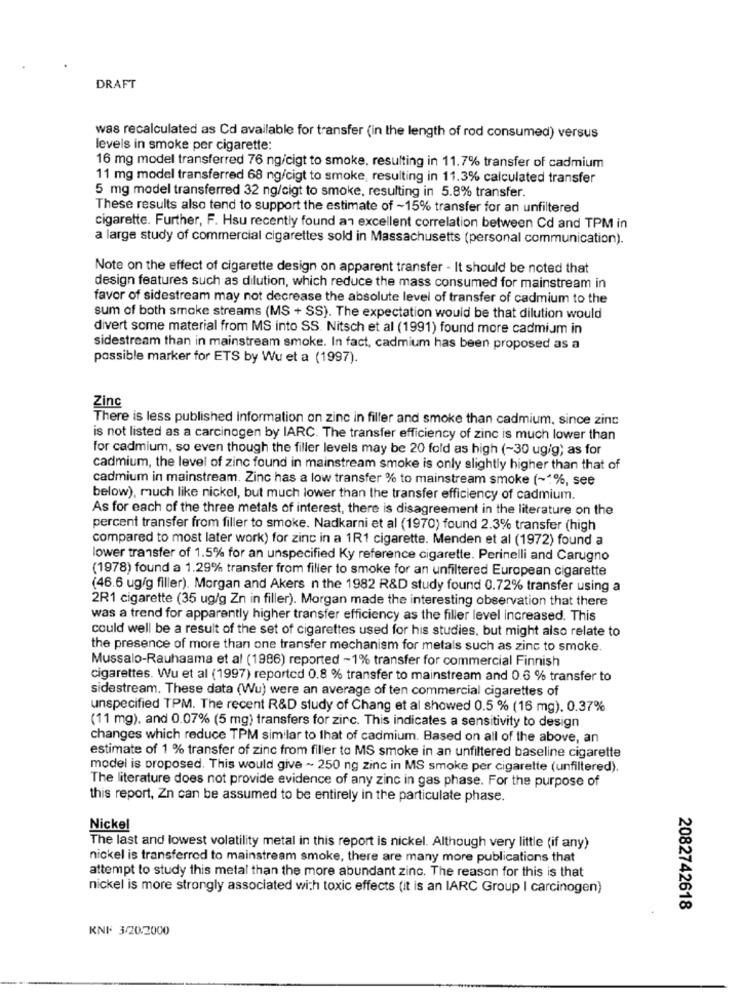
DRAFT
was recalculated as Cd available for transfer (in the length of rod consumed) versus
levels in smoke per cigarette:
16 mg model transferred 76 ng/cigt to smoke, resulting in 11.7% transfer of cadmium
11 mg model transferred 68 ng/cigt to smoke, resulting in 11.3% calculated transfer
5 mg model transferred 32 ng/cigt to smoke, resulting in 5.8% transfer.
These results also tend to support the estimate of ~15% transfer for an unfiltered
cigarette. Further, F. Hsu recently found an excellent correlation between Cd and TPM in
a large study of commercial cigarettes sold in Massachusetts (personal communication).
Note on the effect of cigarette design on apparent transfer - It should be noted that
design features such as dilution, which reduce the mass consumed for mainstream in
favor of sidestream may not decrease the absolute level of transfer of cadmium to the
sum of both smoke streams (MS + SS). The expectation would be that dilution would
divert some material from MS into SS. Nitsch et al (1991) found more cadmium in
sidestream than in mainstream smoke. In fact, cadmium has been proposed as a
possible marker for ETS by Wu et a (1997).
Zinc
There is less published Information on zinc in filler and smoke than cadmium, since zinc
is not listed as a carcinogen by IARC. The transfer efficiency of zinc is much lower than
for cadmium, so even though the filler levels may be 20 fold as high (-30 ug/g; as for
cadmium, the level of zinc found in mainstream smoke is only slightly higher than that of
cadmium in mainstream. Zinc has a low transfer % to mainstream smoke ( ~* %, see
below), much like nickel, but much lower than the transfer efficiency of cadmium.
As for each of the three metals of interest, there is disagreement in the literature on the
percent transfer from filler to smoke. Nadkarni et al (1970) found 2.3% transfer (high
compared to most later work) for zinc in a 1R1 cigarette. Menden et al (1972) found a
lower transfer of 1.5% for an unspecified Ky reference cigarette. Perinelli and Carugno
(1978) found a 1.29% transfer from filler to smoke for an unfiltered European cigarette
(46.6 ug/g filler). Morgan and Akers n the 1982 R&D study found 0.72% transfer using a
2R1 cigarette (35 ug/g Zn in filler). Morgan made the interesting observation that there
was a trend for apparently higher transfer efficiency as the filler level increased. This
could well be a result of the set of cigarettes used for his studies, but might also relate to
the presence of more than one transfer mechanism for metals such as zinc to smoke.
Mussalo-Rauhaama et al (1986) reported -1% transfer for commercial Finnish
cigarettes. Wu et al (1997) reported 0.8 % transfer to mainstream and 0.6 % transfer to
sidestream. These data (Wu) were an average of ten commercial cigarettes of
unspecified TPM. The recent R&D study of Chang et al showed 0.5 % (16 mg). 0.37%
(11 mg), and 0.07% (5 mg) transfers for zirc. This indicates a sensitivity to design
changes which reduce TPM similar to that of cadmium. Based on all of the above, an
estimate of 1 % transfer of zinc from filler to MS smoke in an unfiltered baseline cigarette
model is proposed. This would give ~ 250 ng zinc in MS smoke per cigarette (unfiltered).
The literature does not provide evidence of any zinc in gas phase. For the purpose of
this report, Zn can be assumed to be entirely in the particulate phase.
Nickel
The last and lowest volatility metal in this report is nickel. Although very little (if any)
nickel is transferred to mainstream smoke, there are many more publications that
attempt to study this metal than the more abundant zinc. The reason for this is that
nickel is more strongly associated with toxic effects (it is an IARC Group I carcinogen)
2082742618
KNF 3/20.2000